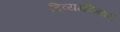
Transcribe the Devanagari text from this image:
दिव्यमविन्धनं